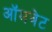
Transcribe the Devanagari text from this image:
ऑमवेट